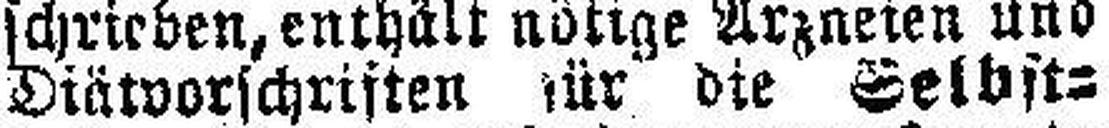
Diätvorschriften für die Selbst¬